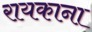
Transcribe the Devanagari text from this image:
रायकाना